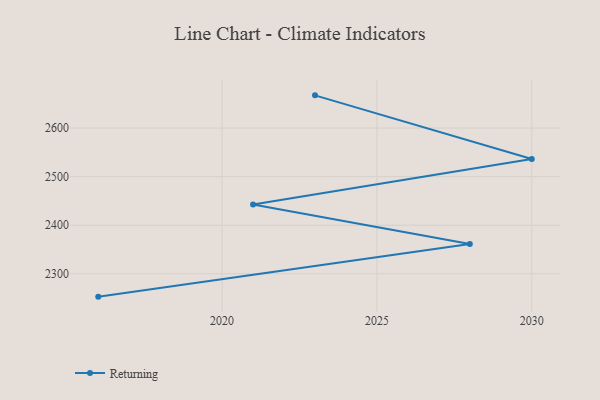
{"axis": {"x": "Year", "y": "Net Income (USD K)"}, "legend": ["Returning"], "data": [{"x": "2016", "y": 2252.9, "type": "Returning"}, {"x": "2028", "y": 2361.1, "type": "Returning"}, {"x": "2021", "y": 2442.6, "type": "Returning"}, {"x": "2030", "y": 2536.3, "type": "Returning"}, {"x": "2023", "y": 2667.3, "type": "Returning"}]}